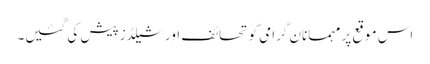
اس موقع پر مہمانان گرامی کو تحائف اور شیلڈز پیش کی گئیں۔